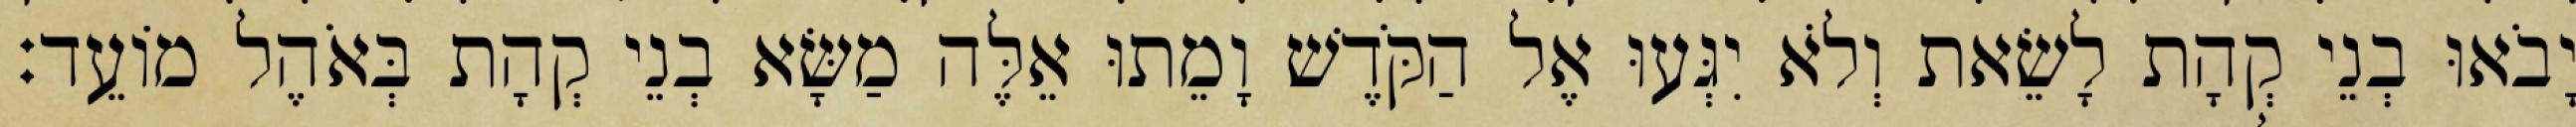
יָבֹאוּ בְנֵי קְהָת לָשֵׂאת וְלֹא יִגְּעוּ אֶל הַקֹּדֶשׁ וָמֵתוּ אֵלֶּה מַשָּׂא בְנֵי קְהָת בְּאֹהֶל מוֹעֵד׃